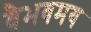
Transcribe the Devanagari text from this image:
वैभवमय